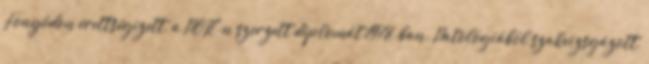
Fonyódon érettségizett, a POTE-n szerzett diplomát 1978-ban. Patológiából szakvizsgázott,